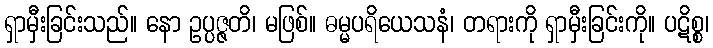
ရှာမှီးခြင်းသည်။ နော ဥပ္ပဇ္ဇတိ၊ မဖြစ်။ ဓမ္မပရိယေသနံ၊ တရားကို ရှာမှီးခြင်းကို။ ပဋိစ္စ၊